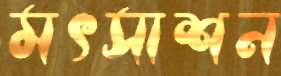
মৎসাশন